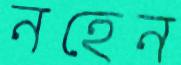
নহেন